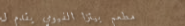
مطعم بيتزا الفيومي يقدم ل